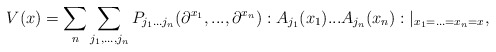
\begin{align*}V(x)=\sum_{n}\sum_{j_{1},...,j_{n}}P_{j_{1}...j_{n}}(\partial^{x_{1}},...,\partial^{x_{n}}):A_{j_{1}}(x_{1})...A_{j_{n}}(x_{n}):|_{x_{1}=...=x_{n}=x},\end{align*}